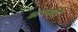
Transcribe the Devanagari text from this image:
अपनायें